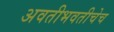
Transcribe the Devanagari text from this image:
अवतीभवतीचेच